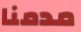
مدمنا